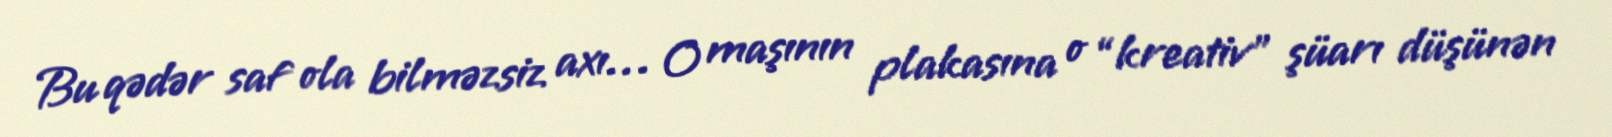
Bu qədər saf ola bilməzsiz axı… O maşının plakasına o “kreativ” şüarı düşünən